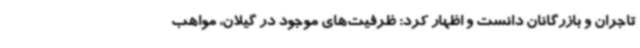
تاجران و بازرگانان دانست و اظهار کرد: ظرفیت‌های موجود در گیلان، مواهب